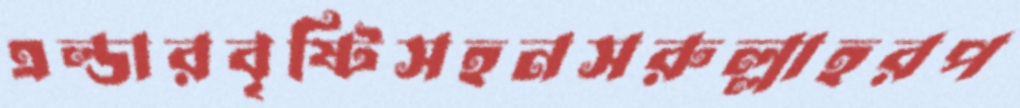
এল্ডারবৃষ্টিসহনসরুল্লাহরপ